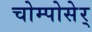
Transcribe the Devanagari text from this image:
चोम्पोसेर्